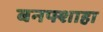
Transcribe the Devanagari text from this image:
बनफ्शाहा